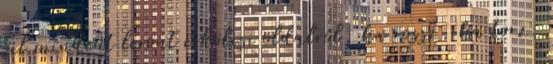
fül mindent leront erkölcsi oldalról, ha rossz, ha torz.